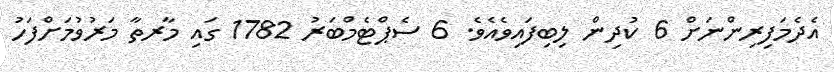
އެދެމަފިރިންނަށް 6 ކުދިން ލިބިފައިވެއެވެ. 6 ސެޕްޓެމްބަރު 1782 ގައި މާރތާ މަރުވުމަށްފަހު